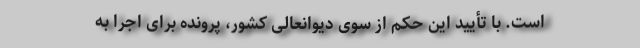
است. با تأیید این حکم از سوی دیوانعالی کشور، پرونده برای اجرا به